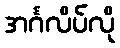
အင်္ဂလိပ်လို